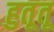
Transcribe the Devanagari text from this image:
हुतूतू